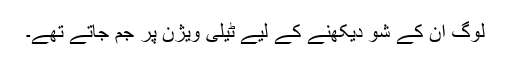
لوگ ان کے شو دیکھنے کے لیے ٹیلی ویژن پر جم جاتے تھے۔